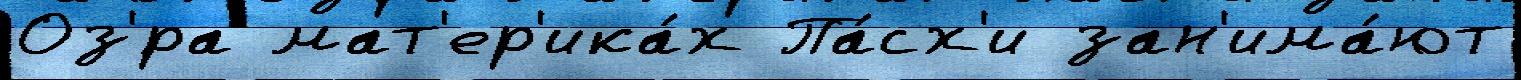
Оз'́ра мат'ер'ика́х Па́сх'и зан'има́ют